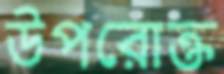
উপরোক্ত